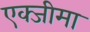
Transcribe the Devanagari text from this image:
एक्जीमा